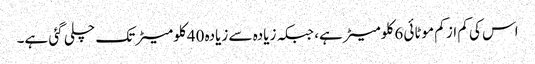
اس کی کم از کم موٹائی 6 کلومیٹر ہے، جبکہ زیادہ سے زیادہ 40 کلومیٹر تک چلی گئی ہے۔